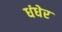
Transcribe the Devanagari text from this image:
धंधेर